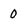
Character: 0